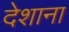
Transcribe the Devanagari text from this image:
देशाना